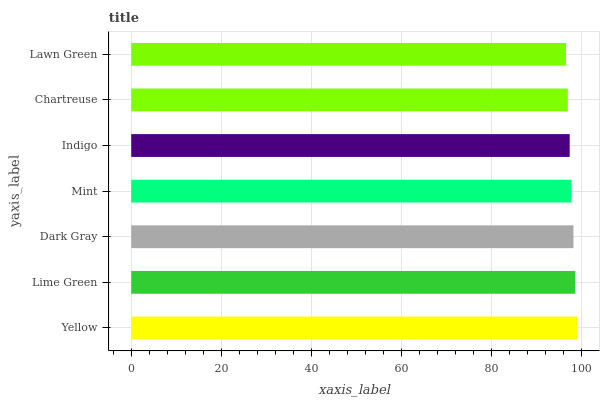
| yaxis_label | bars |
 | --- | --- |
 | Yellow | 99 |
 | Lime Green | 98.6 |
 | Dark Gray | 98.2 |
 | Mint | 97.8 |
 | Indigo | 97.3 |
 | Chartreuse | 96.9 |
 | Lawn Green | 96.5 |